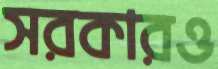
সরকারও